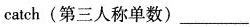
catch(第三人称单数)try(过去式)___